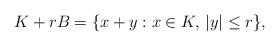
\begin{align*}K+rB=\{x+y:x\in K,\,|y|\le r\},\end{align*}